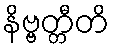
နိဗ္ဗတ္တီတိ